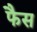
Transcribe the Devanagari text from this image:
फैस